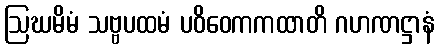
ဩဃမိမံ သဗ္ဗပထမံ ပဝိဝေကကထာတိ ဂဟဏဋ္ဌာနံ